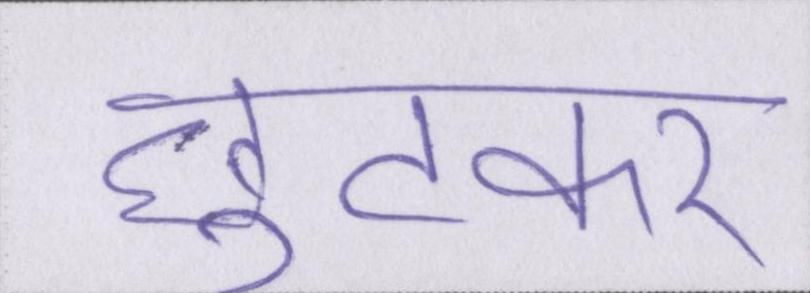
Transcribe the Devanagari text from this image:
छुटकर